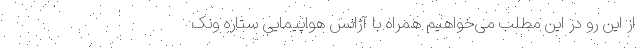
از این رو در این مطلب می‌خواهیم همراه با آژانس هواپیمایی ستاره ونک